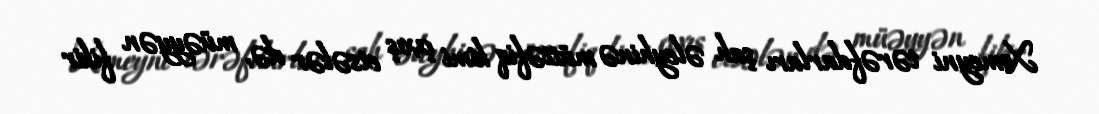
Xomeyni tərəfdarları şah əleyhinə müttəfiq kimi çıxış etsələr də, müəyyən fikir